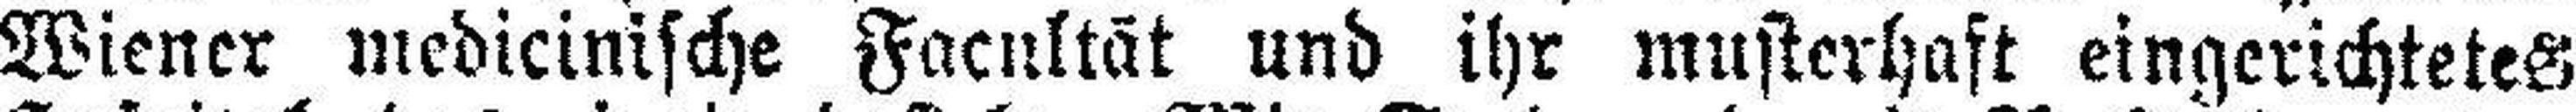
Wiener medicinische Facultät und ihr musterhaft eingerichtetes